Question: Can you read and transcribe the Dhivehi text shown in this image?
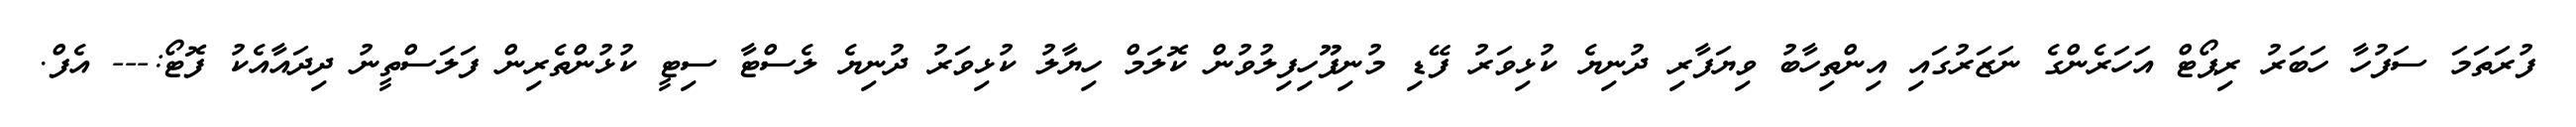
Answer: ފުރަތަމަ ސަފުހާ ހަބަރު ރިޕޯޓް އަހަރެންގެ ނަޒަރުގައި އިންތިހާބު ވިޔަފާރި ދުނިޔެ ކުޅިވަރު ފޭޑި މުނިފޫހިފިލުވުން ކޮލަމް ހިޔާލު ކުޅިވަރު ދުނިޔެ ލެސްޓާ ސިޓީ ކުޅުންތެރިން ފަލަސްތީނު ދިދައާއެކު ފޮޓޯ:--- އެފް.